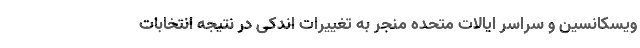
ویسکانسین و سراسر ایالات متحده منجر به تغییرات اندکی در نتیجه انتخابات